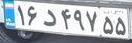
۱۶د۴۹۷۵۵